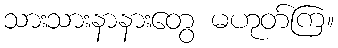
သားသားနာနားတွေ မဟုတ်ကြ။